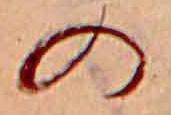
の